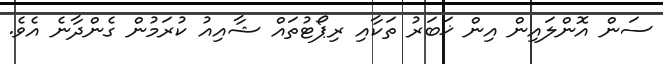
ސަން އޮންލައިން އިން ޚަބަރު ތަކާއި ރިޕޯޓުތައް ޝާއިއު ކުރަމުން ގެންދާނެ އެވެ.